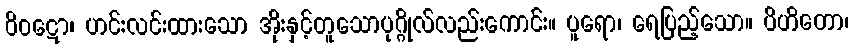
ဝိဝဋော၊ ဟင်းလင်းထားသော အိုးနှင့်တူသောပုဂ္ဂိုလ်လည်းကောင်း။ ပူရော၊ ရေပြည့်သော။ ပိဟိတော၊